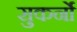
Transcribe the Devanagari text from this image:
सुकर्नो